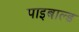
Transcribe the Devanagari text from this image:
पाइबाल्ड